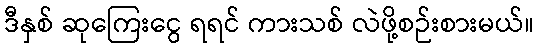
ဒီနှစ် ဆုကြေးငွေ ရရင် ကားသစ် လဲဖို့စဉ်းစားမယ်။